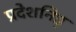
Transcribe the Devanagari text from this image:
प्रदेशनिष्ठ्